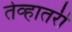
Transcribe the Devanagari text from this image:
तेव्हातरी